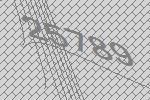
25789